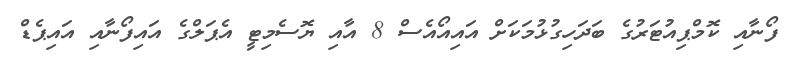
ފޯނާއި ކޮމްޕިއުޓަރުގެ ބަދަހިގުޅުމަކަށް އައިއޯއެސް 8 އާއި ޔޮސެމިޓީ އެޕަލްގެ އައިފޯނާއި އައިޕެޑް